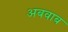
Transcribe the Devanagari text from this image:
अबवाब